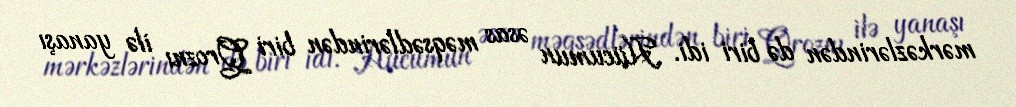
mərkəzlərindən də biri idi. Hücumun əsas məqsədlərindən biri Qroznı ilə yanaşı